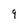
Character: 9